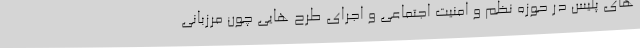
های پلیس در حوزه نظم و امنیت اجتماعی و اجرای طرح هایی چون مرزبانی